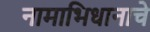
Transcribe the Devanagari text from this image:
नामाभिधानाचे